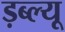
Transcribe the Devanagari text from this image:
ड़ब्ल्यू